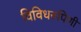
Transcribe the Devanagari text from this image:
विविधरुपिणी